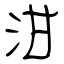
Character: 泔